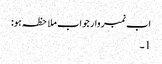
اب نمبر وار جواب ملاحظہ ہو:
1۔